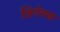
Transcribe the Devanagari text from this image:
निर्गमक